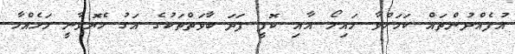
އުފެއްދުންތައް ކަމަށްވާ މައިލޯ އާއި ކޮފީ ފަދަ ބާވަތްތަކުގެ އަގު ހެޔޮވާނީ މަހެއްހާ